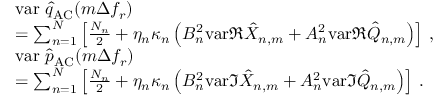
\begin{array} { r l } { ~ } & { \mathrm { v a r ~ } \hat { q } _ { \mathrm { A C } } ( m \Delta f _ { r } ) } \\ & { = \sum _ { n = 1 } ^ { N } \left[ \frac { { \cal N } _ { n } } { 2 } + \eta _ { n } \kappa _ { n } \left( B _ { n } ^ { 2 } \mathrm { v a r } \Re \hat { X } _ { n , m } + A _ { n } ^ { 2 } \mathrm { v a r } \Re \hat { Q } _ { n , m } \right) \right] \, , } \\ & { \mathrm { v a r ~ } \hat { p } _ { \mathrm { A C } } ( m \Delta f _ { r } ) } \\ & { = \sum _ { n = 1 } ^ { N } \left[ \frac { { \cal N } _ { n } } { 2 } + \eta _ { n } \kappa _ { n } \left( B _ { n } ^ { 2 } \mathrm { v a r } \Im \hat { X } _ { n , m } + A _ { n } ^ { 2 } \mathrm { v a r } \Im \hat { Q } _ { n , m } \right) \right] \, . } \end{array}